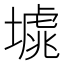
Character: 𡐸